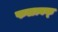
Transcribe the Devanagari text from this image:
फलत्वक्